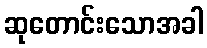
ဆုတောင်းသောအခါ